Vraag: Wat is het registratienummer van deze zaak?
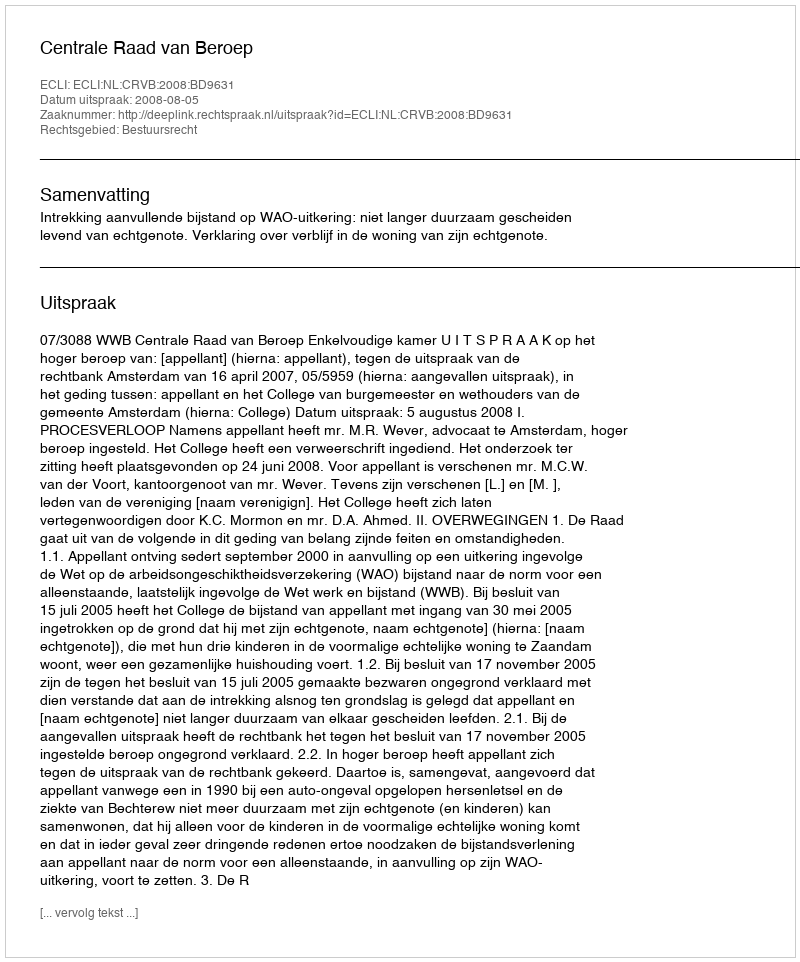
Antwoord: http://deeplink.rechtspraak.nl/uitspraak?id=ECLI:NL:CRVB:2008:BD9631